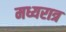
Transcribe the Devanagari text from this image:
मध्यरात्र